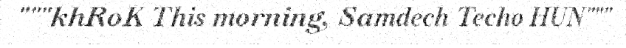
"""khRoK This morning, Samdech Techo HUN"""